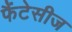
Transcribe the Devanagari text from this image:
फैंटेसीज